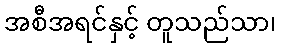
အစီအရင်နှင့် တူသည်သာ၊